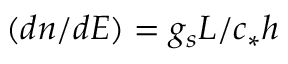
( d n / d E ) = g _ { s } L / c _ { * } h